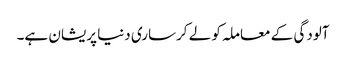
آلودگی کے معاملہ کو لے کرساری دنیا پریشان ہے۔